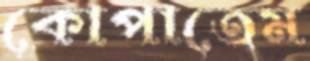
কোপাতেম